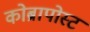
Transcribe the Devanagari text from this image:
कोब्रापोस्ट